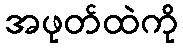
အဖုတ်ထဲကို